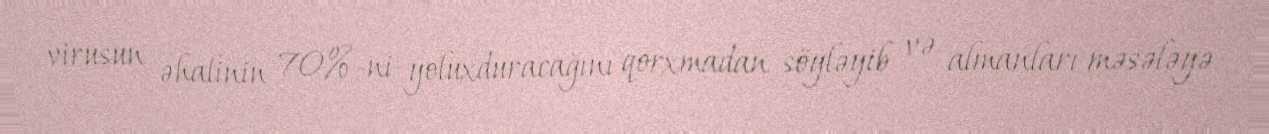
virusun əhalinin 70%-ni yoluxduracağını qorxmadan söyləyib və almanları məsələyə